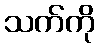
သက်ကို